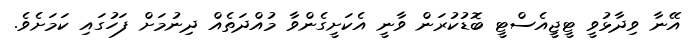
އޭނާ ވިދާޅުވީ ޓީޖީއެސްޓީ ބޮޑުކުރަން ވާނީ އެކަށީގެންވާ މުއްދަތެއް ދިނުމަށް ފަހުގައި ކަމަށެވެ.